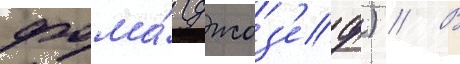
фома́ (джоз'еф) // В